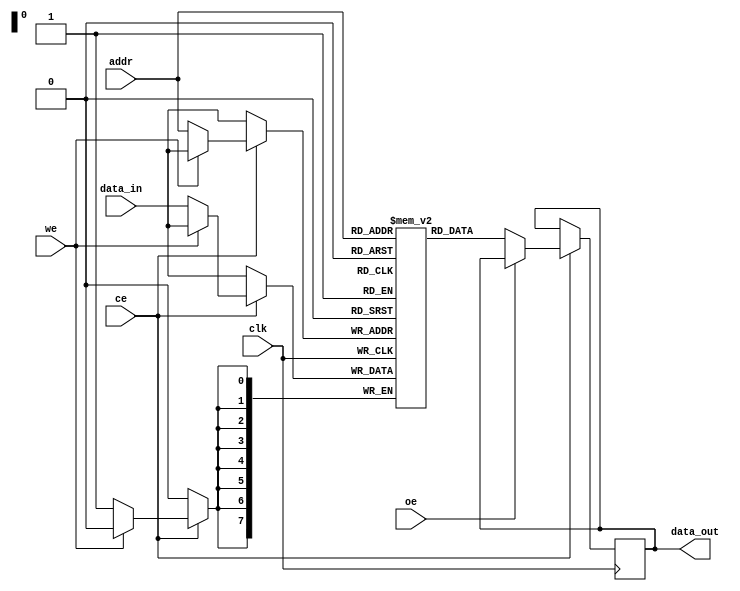
module Embedded_SRAM #(
    parameter WORD_SIZE = 8,             // Word size in bits (e.g., 8, 16, 32, 64)
    parameter DEPTH = 256                 // Number of words (e.g., 256, 512, 1024)
) (
    input wire clk,                       // Clock signal
    input wire ce,                        // Chip Enable (active high)
    input wire we,                        // Write Enable (active low)
    input wire oe,                        // Output Enable (active low)
    input wire [WORD_SIZE-1:0] data_in,  // Data input bus
    input wire [$clog2(DEPTH)-1:0] addr, // Address input bus
    output reg [WORD_SIZE-1:0] data_out  // Data output bus
);

    // Memory array declaration
    reg [WORD_SIZE-1:0] mem [0:DEPTH-1];

    // Read/Write operation
    always @(posedge clk) begin
        if (ce) begin                 // If Chip Enable is asserted
            if (!we) begin            // Write operation
                mem[addr] <= data_in; // Store data in memory
            end
            if (!oe) begin            // Read operation
                data_out <= mem[addr]; // Read data from memory
            end
        end
    end

endmodule